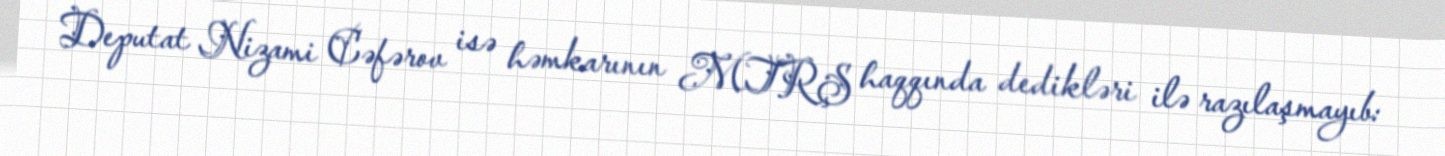
Deputat Nizami Cəfərov isə həmkarının MTRŞ haqqında dedikləri ilə razılaşmayıb: